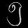
Digit: ၅